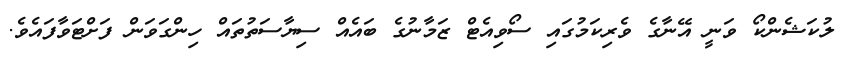
ލުކަޝެންކޯ ވަނީ އޭނާގެ ވެރިކަމުގައި ސޯވިއެޓް ޒަމާނުގެ ބައެއް ސިޔާސަތުތައް ހިންގަވަން ފަށްޓަވާފައެވެ.